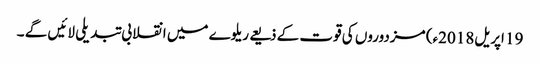
19 اپریل2018ء) مزدوروں کی قوت کے ذیعے ریلوے میں انقلابی تبدیلی لائیں گے ۔